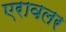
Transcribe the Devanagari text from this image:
एरावलर